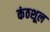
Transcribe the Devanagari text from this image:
कंठशूल